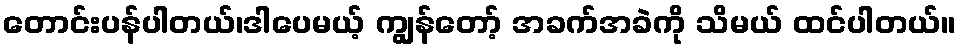
တောင်းပန်ပါတယ်၊ဒါပေမယ့် ကျွန်တော့် အခက်အခဲကို သိမယ် ထင်ပါတယ်။